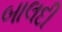
બાલદી